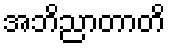
အဘိညာတာတိ